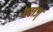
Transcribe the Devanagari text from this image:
पलज्